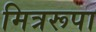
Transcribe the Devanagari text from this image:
मित्ररूपा